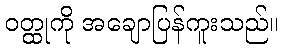
ဝတ္ထုကို အချောပြန်ကူးသည်။